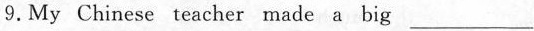
9.My Chinese teacher made a big ___